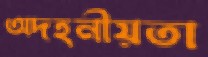
অদহনীয়তা